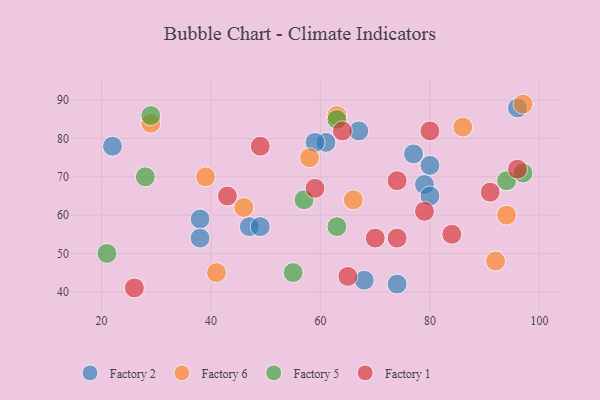
{"axis": {"x": "GDP", "y": "Life Expectancy"}, "legend": ["Factory 1", "Factory 2", "Factory 5", "Factory 6"], "data": [{"x": "74", "y": 42, "type": "Factory 2"}, {"x": "79", "y": 68, "type": "Factory 2"}, {"x": "80", "y": 73, "type": "Factory 2"}, {"x": "38", "y": 59, "type": "Factory 2"}, {"x": "77", "y": 76, "type": "Factory 2"}, {"x": "61", "y": 79, "type": "Factory 2"}, {"x": "59", "y": 79, "type": "Factory 2"}, {"x": "22", "y": 78, "type": "Factory 2"}, {"x": "47", "y": 57, "type": "Factory 2"}, {"x": "96", "y": 88, "type": "Factory 2"}, {"x": "38", "y": 54, "type": "Factory 2"}, {"x": "67", "y": 82, "type": "Factory 2"}, {"x": "49", "y": 57, "type": "Factory 2"}, {"x": "80", "y": 65, "type": "Factory 2"}, {"x": "68", "y": 43, "type": "Factory 2"}, {"x": "97", "y": 89, "type": "Factory 6"}, {"x": "46", "y": 62, "type": "Factory 6"}, {"x": "58", "y": 75, "type": "Factory 6"}, {"x": "41", "y": 45, "type": "Factory 6"}, {"x": "29", "y": 84, "type": "Factory 6"}, {"x": "66", "y": 64, "type": "Factory 6"}, {"x": "94", "y": 60, "type": "Factory 6"}, {"x": "92", "y": 48, "type": "Factory 6"}, {"x": "86", "y": 83, "type": "Factory 6"}, {"x": "39", "y": 70, "type": "Factory 6"}, {"x": "63", "y": 86, "type": "Factory 6"}, {"x": "94", "y": 69, "type": "Factory 5"}, {"x": "29", "y": 86, "type": "Factory 5"}, {"x": "28", "y": 70, "type": "Factory 5"}, {"x": "63", "y": 85, "type": "Factory 5"}, {"x": "63", "y": 57, "type": "Factory 5"}, {"x": "57", "y": 64, "type": "Factory 5"}, {"x": "97", "y": 71, "type": "Factory 5"}, {"x": "55", "y": 45, "type": "Factory 5"}, {"x": "21", "y": 50, "type": "Factory 5"}, {"x": "74", "y": 69, "type": "Factory 1"}, {"x": "59", "y": 67, "type": "Factory 1"}, {"x": "65", "y": 44, "type": "Factory 1"}, {"x": "43", "y": 65, "type": "Factory 1"}, {"x": "64", "y": 82, "type": "Factory 1"}, {"x": "84", "y": 55, "type": "Factory 1"}, {"x": "91", "y": 66, "type": "Factory 1"}, {"x": "79", "y": 61, "type": "Factory 1"}, {"x": "26", "y": 41, "type": "Factory 1"}, {"x": "49", "y": 78, "type": "Factory 1"}, {"x": "96", "y": 72, "type": "Factory 1"}, {"x": "74", "y": 54, "type": "Factory 1"}, {"x": "80", "y": 82, "type": "Factory 1"}, {"x": "70", "y": 54, "type": "Factory 1"}]}